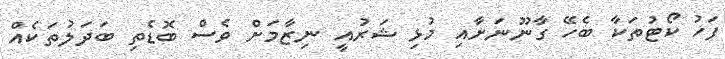
ފަހު ކޯޓުތަކާ ބެހޭ ގާނޫނަށާއި މުޅި ޝަރުއީ ނިޒާމަށް ވެސް ބޮޑެތި ބަދަލުތަކެއް